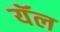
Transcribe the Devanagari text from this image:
यॅल